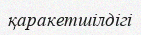
қаракетшілдігі